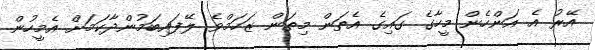
އޭރު އެ އަންހެން މީހާގެ ގައިގެ އެތަން މިތަން ޒަހަމްވެ ލޭފައިބަމުންދާކަމަށް އެމީހުން